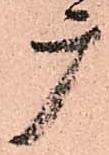
广